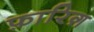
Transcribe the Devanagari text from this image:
फ़ारिग़